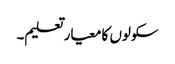
سکولوں کا معیار تعلیم۔